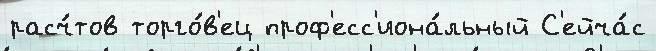
расч́тов торго́в'ец проф'есс'иона́льный С'ейча́с